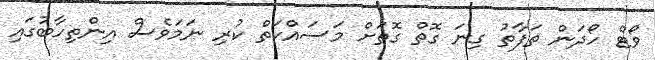
ވޯޓް ހޯދަން ތަފާތު ގިނަ ގޮތް ގޮތަށް މަސައްކަތް ކުރި ނަމަވެސް އިންތިހާބުގައި